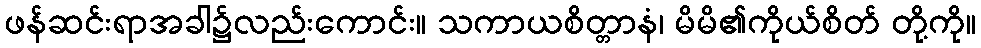
ဖန်ဆင်းရာအခါ၌လည်းကောင်း။ သကာယစိတ္တာနံ၊ မိမိ၏ကိုယ်စိတ် တို့ကို။